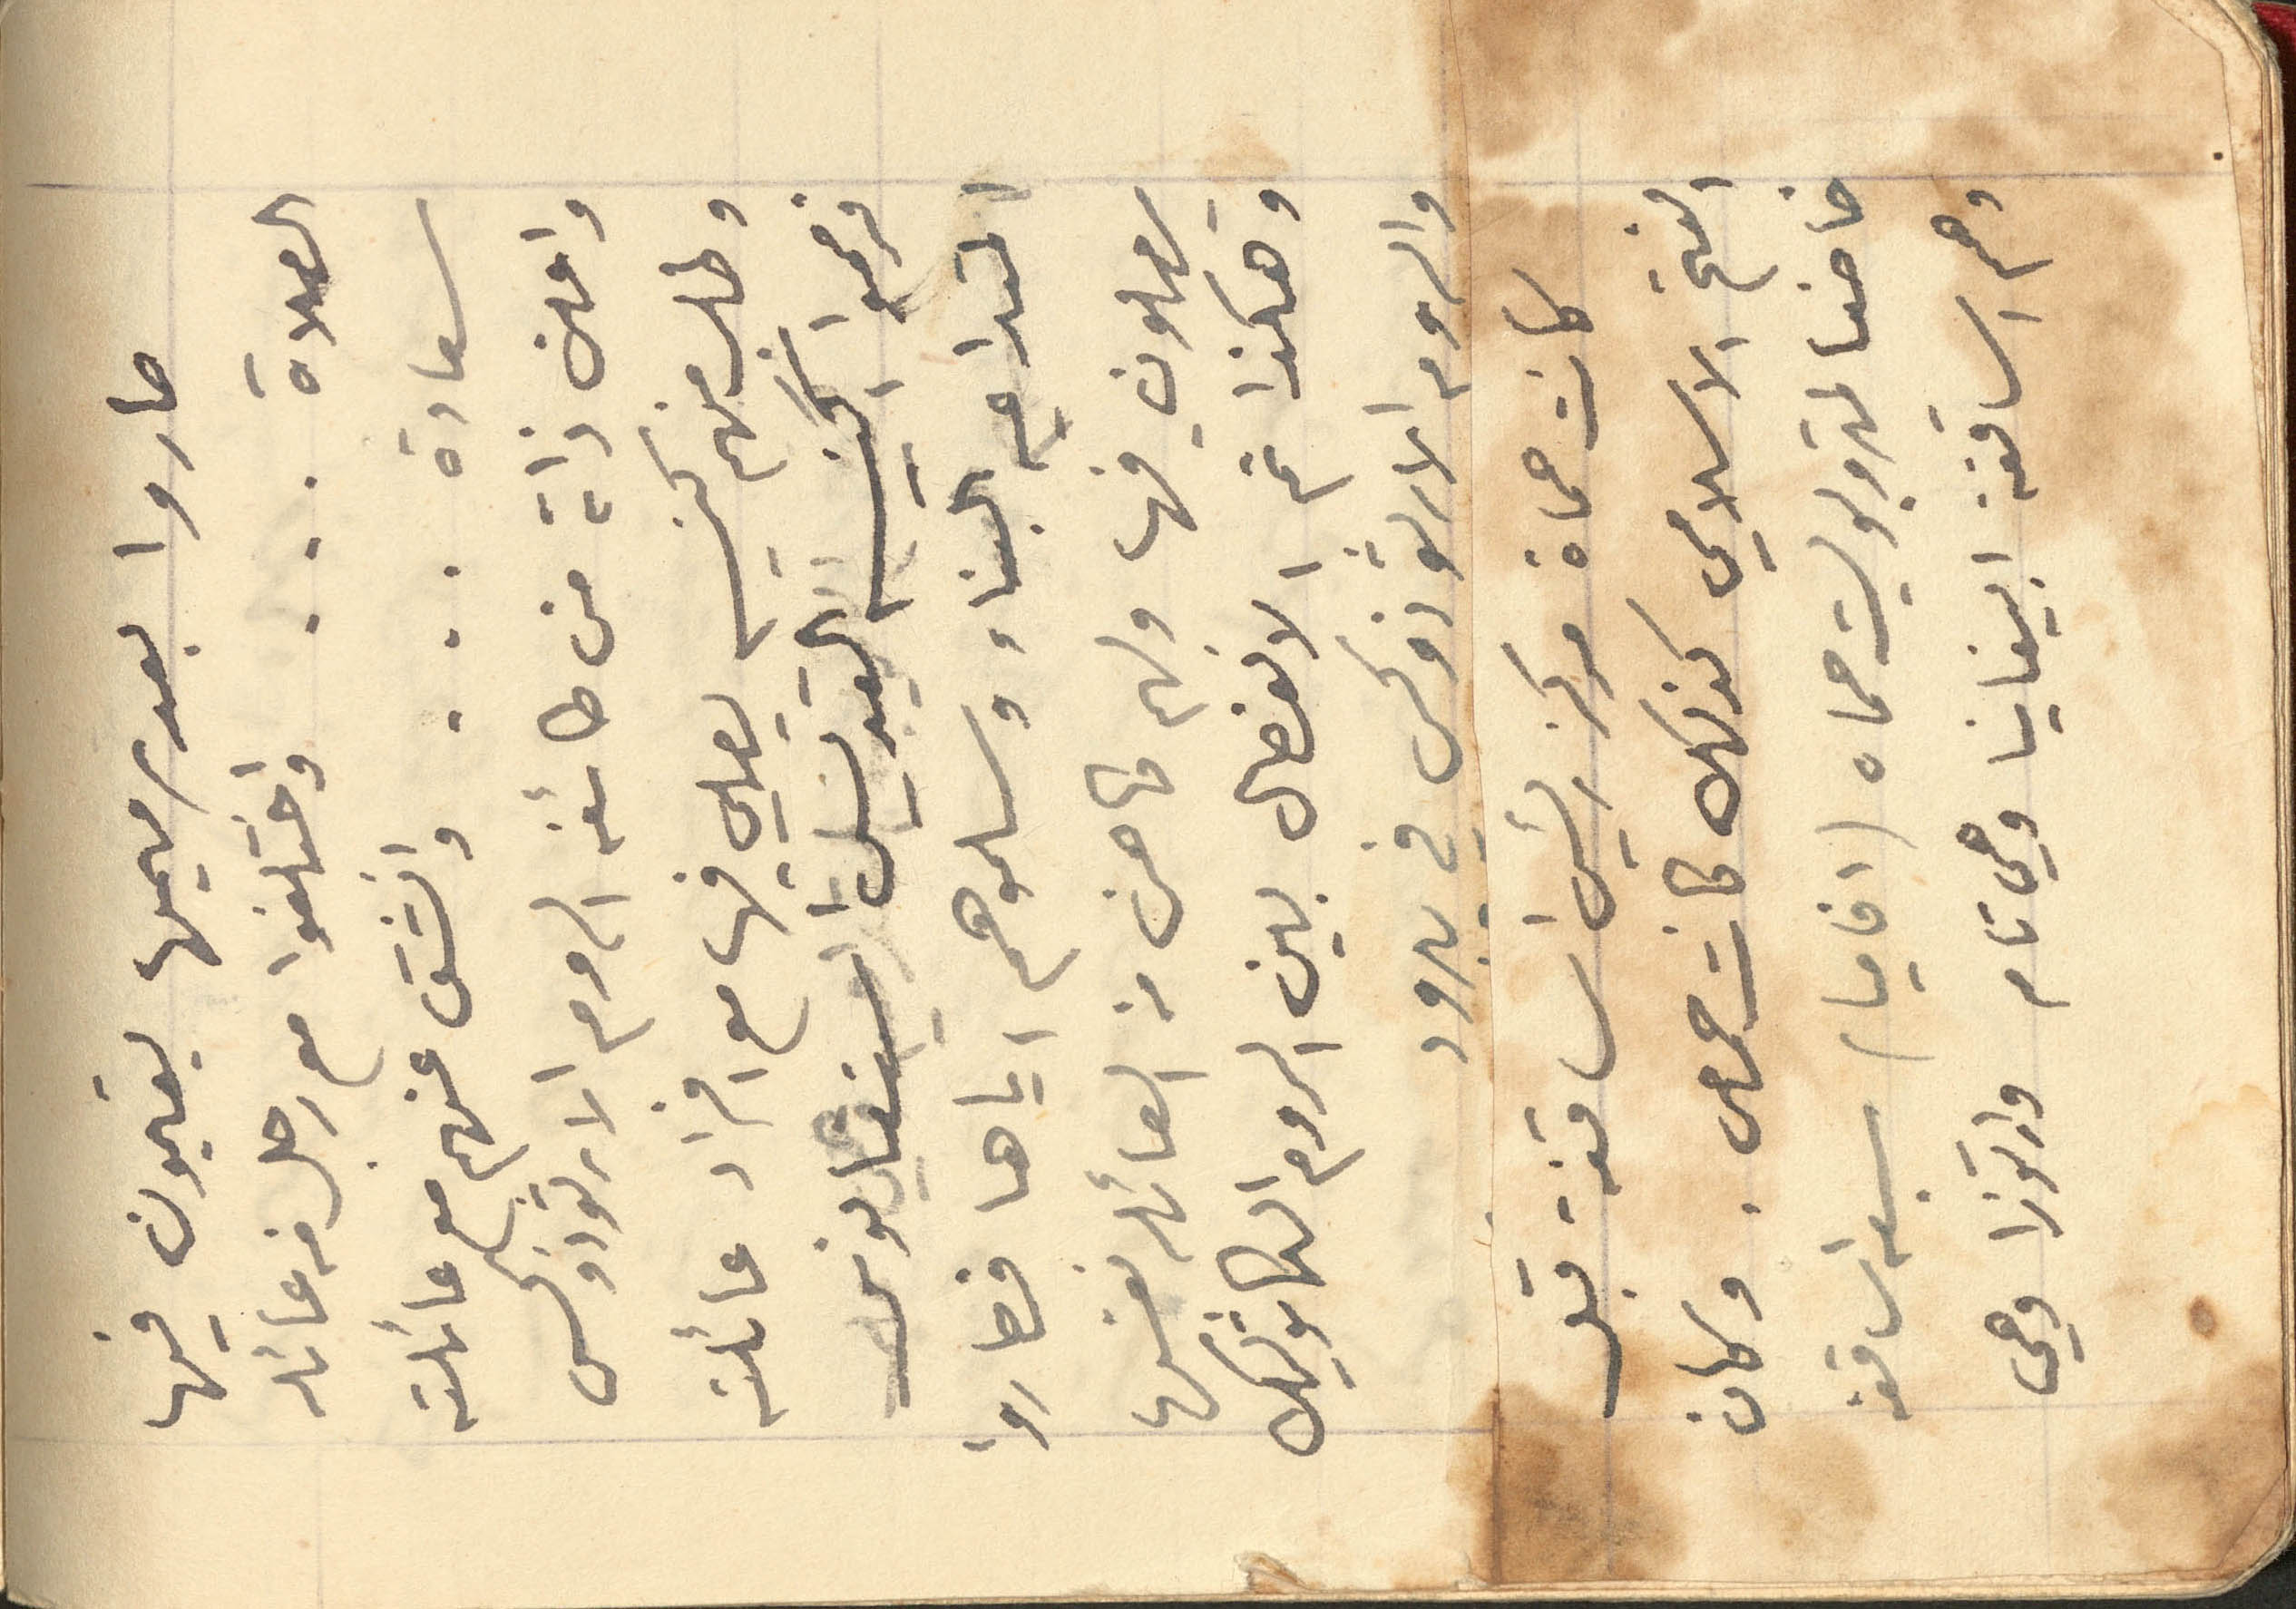
صاروا بعد ترميمها يقيمون فيها
الصلاة ... واختلفوا مع رجل من عائله
سعادة ... وانشق عنهم مع عائلته
واعلن ذاته من طائفه الروم الارثوذوكس
وطلب منهم كنيسه يصلي فيها مع افراد عائلته
فرمموا كنيسه القديس استفانوس
المتداعيه البناء وسلموهم اياها فصاروا
يصلون فيها ولهم كاهن من العائله نفسها
وهكذا تم الانفصال بين الروم الكاثوليك
والروم الارثوذوكس في يبرود
كانت حماة مركز رئيس اساقفة قبل
الفتح الاسلامي كذلك كانت حمص. وكان
خاضعا لمتروبوليت حماه (افاميا ) سبعه اساقفه
وهم اساقفة ابيفانيا وهي تامر وارتوزا وهي